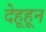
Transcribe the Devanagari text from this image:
देहूहून